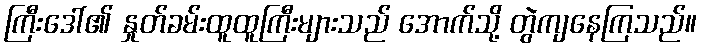
ကြီးဒေါ်၏ နှုတ်ခမ်းထူထူကြီးများသည် အောက်သို့ တွဲကျနေကြသည်။